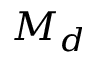
M _ { d }